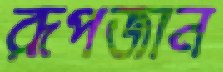
রূপজান